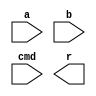
module alu (
  input [15:0] a,
  input [15:0] b,
  input [2:0] cmd,
  output reg  [15:0] r) ; 
  always @(*)
       begin 
         case (cmd)
          3 'bxxx:
             r =16'bx;
          3 'b000:
             r =a+b;
          3 'b001:
             r =a-b;
          3 'b010:
             r =a&b;
          3 'b011:
             r =a|b;
          3 'b100:
             r =a^b;
          3 'b101:
             r =a<<b;
          3 'b110:
             r ={{16{a[15]}},a}>>b;
          3 'b111:
             r ={16'b0,a}>>b;
          default :
             begin 
               r =0;$display("ERROR: Unknown alu cmd: %b \n",cmd);
             end 
         endcase 
       end
  
endmodule
 
module EX_stage (
  input clk,
  input rst,
  input [56:0] pipeline_reg_in,
  output reg  [37:0] pipeline_reg_out,
  output [2:0] ex_op_dest) ; 
   wire [2:0] alu_cmd=pipeline_reg_in[56:54] ;  
   wire [15:0] alu_src1=pipeline_reg_in[53:38] ;  
   wire [15:0] alu_src2=pipeline_reg_in[37:22] ;  
   wire [15:0] ex_alu_result ;  
  alu alu_inst(.a(alu_src1),.b(alu_src2),.cmd(alu_cmd),.r(ex_alu_result)); 
  always @( posedge clk)
       begin 
         if (rst)
            begin 
              pipeline_reg_out [37:0]<=0;
            end 
          else 
            begin 
              pipeline_reg_out [37:22]<=ex_alu_result;
              pipeline_reg_out [21:0]<=pipeline_reg_in[21:0];
            end 
       end
  
  assign ex_op_dest=pipeline_reg_in[3:1]; 
endmodule
 
module instruction_mem (
  input clk,
  input [8-1:0] pc,
  output [15:0] instruction) ; 
   reg [15:0] rom[2**8-1:0] ;  
   wire [8-1:0] rom_addr=pc[8-1:0] ;  
  assign instruction=rom[rom_addr]; 
endmodule
 
module MEM_stage (
  input clk,
  input rst,
  input [37:0] pipeline_reg_in,
  output reg  [36:0] pipeline_reg_out,
  output [2:0] mem_op_dest) ; 
   wire [15:0] ex_alu_result=pipeline_reg_in[37:22] ;  
   wire mem_write_en=pipeline_reg_in[21] ;  
   wire [15:0] mem_write_data=pipeline_reg_in[20:5] ;  
   wire [15:0] mem_read_data ;  
  data_mem dmem(.clk(clk),.mem_access_addr(ex_alu_result),.mem_write_data(mem_write_data),.mem_write_en(mem_write_en),.mem_read_data(mem_read_data)); 
  always @( posedge clk)
       begin 
         if (rst)
            begin 
              pipeline_reg_out [36:0]<=0;
            end 
          else 
            begin 
              pipeline_reg_out [36:21]<=ex_alu_result;
              pipeline_reg_out [20:5]<=mem_read_data;
              pipeline_reg_out [4:0]<=pipeline_reg_in[4:0];
            end 
       end
  
  assign mem_op_dest=pipeline_reg_in[3:1]; 
endmodule
 
module ID_stage (
  input clk,
  input rst,
  input instruction_decode_en,
  output reg  [56:0] pipeline_reg_out,
  input [15:0] instruction,
  output [5:0] branch_offset_imm,
  output reg  branch_taken,
  output [2:0] reg_read_addr_1,
  output [2:0] reg_read_addr_2,
  input [15:0] reg_read_data_1,
  input [15:0] reg_read_data_2,
  output [2:0] decoding_op_src1,
  output [2:0] decoding_op_src2) ; 
   reg [15:0] instruction_reg ;  
   wire [3:0] ir_op_code ;  
   wire [2:0] ir_dest ;  
   wire [2:0] ir_src1 ;  
   wire [2:0] ir_src2 ;  
   wire [5:0] ir_imm ;  
   reg write_back_en ;  
   wire [2:0] write_back_dest ;  
   reg write_back_result_mux ;  
   wire mem_write_en ;  
   wire [15:0] mem_write_data ;  
   reg [2:0] ex_alu_cmd ;  
   wire [15:0] ex_alu_src1 ;  
   wire [15:0] ex_alu_src2 ;  
   reg alu_src2_mux ;  
   wire decoding_op_is_branch ;  
   wire decoding_op_is_store ;  
   wire [3:0] ir_op_code_with_bubble ;  
   wire [2:0] ir_dest_with_bubble ;  
  always @(  posedge clk or  posedge rst)
       begin 
         if (rst)
            begin 
              instruction_reg <=0;
            end 
          else 
            begin 
              if (instruction_decode_en)
                 begin 
                   instruction_reg <=instruction;
                 end 
            end 
       end
  
  assign ir_op_code=instruction_reg[15:12]; 
  assign ir_dest=instruction_reg[11:9]; 
  assign ir_src1=instruction_reg[8:6]; 
  assign ir_src2=(decoding_op_is_store)?instruction_reg[11:9]:instruction_reg[5:3]; 
  assign ir_imm=instruction_reg[5:0]; 
  assign ir_op_code_with_bubble=(instruction_decode_en)?ir_op_code:0; 
  assign ir_dest_with_bubble=(instruction_decode_en)?ir_dest:0; 
  always @(*)
       begin 
         if (rst)
            begin 
              write_back_en =0;
              write_back_result_mux =0;
              ex_alu_cmd =0;
              alu_src2_mux =0;
            end 
          else 
            begin 
              case (ir_op_code_with_bubble)
               4 'b0000:
                  begin 
                    write_back_en =0;
                    write_back_result_mux =1'bx;
                    ex_alu_cmd =3'bxxx;
                    alu_src2_mux =1'bx;
                  end 
               4 'b0001:
                  begin 
                    write_back_en =1;
                    write_back_result_mux =0;
                    ex_alu_cmd =3'b000;
                    alu_src2_mux =0;
                  end 
               4 'b0010:
                  begin 
                    write_back_en =1;
                    write_back_result_mux =0;
                    ex_alu_cmd =3'b001;
                    alu_src2_mux =0;
                  end 
               4 'b0011:
                  begin 
                    write_back_en =1;
                    write_back_result_mux =0;
                    ex_alu_cmd =3'b010;
                    alu_src2_mux =0;
                  end 
               4 'b0100:
                  begin 
                    write_back_en =1;
                    write_back_result_mux =0;
                    ex_alu_cmd =3'b011;
                    alu_src2_mux =0;
                  end 
               4 'b0101:
                  begin 
                    write_back_en =1;
                    write_back_result_mux =0;
                    ex_alu_cmd =3'b100;
                    alu_src2_mux =1'bx;
                  end 
               4 'b0110:
                  begin 
                    write_back_en =1;
                    write_back_result_mux =0;
                    ex_alu_cmd =3'b101;
                    alu_src2_mux =0;
                  end 
               4 'b0111:
                  begin 
                    write_back_en =1;
                    write_back_result_mux =0;
                    ex_alu_cmd =3'b110;
                    alu_src2_mux =0;
                  end 
               4 'b1000:
                  begin 
                    write_back_en =1;
                    write_back_result_mux =0;
                    ex_alu_cmd =3'b111;
                    alu_src2_mux =0;
                  end 
               4 'b1001:
                  begin 
                    write_back_en =1;
                    write_back_result_mux =0;
                    ex_alu_cmd =3'b000;
                    alu_src2_mux =1;
                  end 
               4 'b1010:
                  begin 
                    write_back_en =1;
                    write_back_result_mux =1;
                    ex_alu_cmd =3'b000;
                    alu_src2_mux =1;
                  end 
               4 'b1011:
                  begin 
                    write_back_en =0;
                    write_back_result_mux =1'bx;
                    ex_alu_cmd =3'b000;
                    alu_src2_mux =1;
                  end 
               4 'b1100:
                  begin 
                    write_back_en =0;
                    write_back_result_mux =1'bx;
                    ex_alu_cmd =3'bxxx;
                    alu_src2_mux =1;
                  end 
               default :
                  begin 
                    write_back_en =0;
                    write_back_result_mux =1'bx;
                    ex_alu_cmd =3'bxxx;
                    alu_src2_mux =1'bx;$display("ERROR: Unknown Instruction: %b",ir_op_code_with_bubble);
                  end 
              endcase 
            end 
       end
  
  assign decoding_op_is_branch=(ir_op_code==4'b1100)?1:0; 
  assign decoding_op_is_store=(ir_op_code==4'b1011)?1:0; 
  assign mem_write_data=reg_read_data_2; 
  assign mem_write_en=decoding_op_is_store; 
  assign write_back_dest=ir_dest_with_bubble; 
  assign ex_alu_src1=reg_read_data_1; 
  assign ex_alu_src2=(alu_src2_mux)?{{10{ir_imm[5]}},ir_imm}:reg_read_data_2; 
  always @(  posedge clk or  posedge rst)
       begin 
         if (rst)
            begin 
              pipeline_reg_out [56:0]<=0;
            end 
          else 
            begin 
              pipeline_reg_out [56:0]<={ex_alu_cmd[2:0],ex_alu_src1[15:0],ex_alu_src2[15:0],mem_write_en,mem_write_data[15:0],write_back_en,write_back_dest[2:0],write_back_result_mux};
            end 
       end
  
  assign reg_read_addr_1=ir_src1; 
  assign reg_read_addr_2=ir_src2; 
  always @(*)
       begin 
         if (decoding_op_is_branch)
            begin 
              case (ir_dest_with_bubble)
               3 'b000:
                  begin 
                    if (reg_read_data_1==0)
                       branch_taken =1;
                     else 
                       branch_taken =0;
                  end 
               default :
                  begin 
                    branch_taken =0;$display("ERROR: Unknown branch condition %b, in branch instruction %b \n",ir_dest_with_bubble,ir_op_code_with_bubble);
                  end 
              endcase 
            end 
          else 
            begin 
              branch_taken =0;
            end 
       end
  
  assign branch_offset_imm=ir_imm; 
  assign decoding_op_src1=ir_src1; 
  assign decoding_op_src2=(ir_op_code==4'b0000||ir_op_code==4'b1001||ir_op_code==4'b1010||ir_op_code==4'b1100)?3'b000:ir_src2; 
endmodule
 
module IF_stage (
  input clk,
  input rst,
  input instruction_fetch_en,
  input [5:0] branch_offset_imm,
  input branch_taken,
  output reg  [8-1:0] pc,
  output [15:0] instruction) ; 
  always @(  posedge clk or  posedge rst)
       begin 
         if (rst)
            begin 
              pc <=8'b0;
            end 
          else 
            begin 
              if (instruction_fetch_en)
                 begin 
                   if (branch_taken)
                      pc <=pc+{{(8-6){branch_offset_imm[5]}},branch_offset_imm[5:0]};
                    else 
                      pc <=pc+8'd1;
                 end 
            end 
       end
  
  instruction_mem imem(.clk(clk),.pc(pc),.instruction(instruction)); 
endmodule
 
module WB_stage (
  input [36:0] pipeline_reg_in,
  output reg_write_en,
  output [2:0] reg_write_dest,
  output [15:0] reg_write_data,
  output [2:0] wb_op_dest) ; 
   wire [15:0] ex_alu_result=pipeline_reg_in[36:21] ;  
   wire [15:0] mem_read_data=pipeline_reg_in[20:5] ;  
   wire write_back_en=pipeline_reg_in[4] ;  
   wire [2:0] write_back_dest=pipeline_reg_in[3:1] ;  
   wire write_back_result_mux=pipeline_reg_in[0] ;  
  assign reg_write_en=write_back_en; 
  assign reg_write_dest=write_back_dest; 
  assign reg_write_data=(write_back_result_mux)?mem_read_data:ex_alu_result; 
  assign wb_op_dest=pipeline_reg_in[3:1]; 
endmodule
 
module hazard_detection_unit (
  input [2:0] decoding_op_src1,
  input [2:0] decoding_op_src2,
  input [2:0] ex_op_dest,
  input [2:0] mem_op_dest,
  input [2:0] wb_op_dest,
  output reg  pipeline_stall_n) ; 
  always @(*)
       begin 
         pipeline_stall_n =1;
         if (decoding_op_src1!=0&&(decoding_op_src1==ex_op_dest||decoding_op_src1==mem_op_dest||decoding_op_src1==wb_op_dest))
            pipeline_stall_n =0;
         if (decoding_op_src2!=0&&(decoding_op_src2==ex_op_dest||decoding_op_src2==mem_op_dest||decoding_op_src2==wb_op_dest))
            pipeline_stall_n =0;
       end
  
endmodule
 
module mips_16_core_top (
  input clk,
  input rst,
  output [8-1:0] pc) ; 
   wire pipeline_stall_n ;  
   wire [5:0] branch_offset_imm ;  
   wire branch_taken ;  
   wire [15:0] instruction ;  
   wire [56:0] ID_pipeline_reg_out ;  
   wire [37:0] EX_pipeline_reg_out ;  
   wire [36:0] MEM_pipeline_reg_out ;  
   wire [2:0] reg_read_addr_1 ;  
   wire [2:0] reg_read_addr_2 ;  
   wire [15:0] reg_read_data_1 ;  
   wire [15:0] reg_read_data_2 ;  
   wire [2:0] decoding_op_src1 ;  
   wire [2:0] decoding_op_src2 ;  
   wire [2:0] ex_op_dest ;  
   wire [2:0] mem_op_dest ;  
   wire [2:0] wb_op_dest ;  
   wire reg_write_en ;  
   wire [2:0] reg_write_dest ;  
   wire [15:0] reg_write_data ;  
  IF_stage IF_stage_inst(.clk(clk),.rst(rst),.instruction_fetch_en(pipeline_stall_n),.branch_offset_imm(branch_offset_imm),.branch_taken(branch_taken),.pc(pc),.instruction(instruction)); 
  ID_stage ID_stage_inst(.clk(clk),.rst(rst),.instruction_decode_en(pipeline_stall_n),.pipeline_reg_out(ID_pipeline_reg_out),.instruction(instruction),.branch_offset_imm(branch_offset_imm),.branch_taken(branch_taken),.reg_read_addr_1(reg_read_addr_1),.reg_read_addr_2(reg_read_addr_2),.reg_read_data_1(reg_read_data_1),.reg_read_data_2(reg_read_data_2),.decoding_op_src1(decoding_op_src1),.decoding_op_src2(decoding_op_src2)); 
  EX_stage EX_stage_inst(.clk(clk),.rst(rst),.pipeline_reg_in(ID_pipeline_reg_out),.pipeline_reg_out(EX_pipeline_reg_out),.ex_op_dest(ex_op_dest)); 
  MEM_stage MEM_stage_inst(.clk(clk),.rst(rst),.pipeline_reg_in(EX_pipeline_reg_out),.pipeline_reg_out(MEM_pipeline_reg_out),.mem_op_dest(mem_op_dest)); 
  WB_stage WB_stage_inst(.pipeline_reg_in(MEM_pipeline_reg_out),.reg_write_en(reg_write_en),.reg_write_dest(reg_write_dest),.reg_write_data(reg_write_data),.wb_op_dest(wb_op_dest)); 
  register_file register_file_inst(.clk(clk),.rst(rst),.reg_write_en(reg_write_en),.reg_write_dest(reg_write_dest),.reg_write_data(reg_write_data),.reg_read_addr_1(reg_read_addr_1),.reg_read_data_1(reg_read_data_1),.reg_read_addr_2(reg_read_addr_2),.reg_read_data_2(reg_read_data_2)); 
  hazard_detection_unit hazard_detection_unit_inst(.decoding_op_src1(decoding_op_src1),.decoding_op_src2(decoding_op_src2),.ex_op_dest(ex_op_dest),.mem_op_dest(mem_op_dest),.wb_op_dest(wb_op_dest),.pipeline_stall_n(pipeline_stall_n)); 
endmodule
 
module data_mem (
  input clk,
  input [15:0] mem_access_addr,
  input [15:0] mem_write_data,
  input mem_write_en,
  output [15:0] mem_read_data) ; 
   reg [15:0] ram[(2**8)-1:0] ;  
   wire [8-1:0] ram_addr=mem_access_addr[8-1:0] ;  
  always @( posedge clk)
       if (mem_write_en)
          ram [ram_addr]<=mem_write_data;
 
  assign mem_read_data=ram[ram_addr]; 
endmodule
 
module register_file (
  input clk,
  input rst,
  input reg_write_en,
  input [2:0] reg_write_dest,
  input [15:0] reg_write_data,
  input [2:0] reg_read_addr_1,
  output [15:0] reg_read_data_1,
  input [2:0] reg_read_addr_2,
  output [15:0] reg_read_data_2) ; 
   reg [15:0] reg_array[7:0] ;  
  always @(  posedge clk or  posedge rst)
       begin 
         if (rst)
            begin 
              reg_array [0]<=15'b0;
              reg_array [1]<=15'b0;
              reg_array [2]<=15'b0;
              reg_array [3]<=15'b0;
              reg_array [4]<=15'b0;
              reg_array [5]<=15'b0;
              reg_array [6]<=15'b0;
              reg_array [7]<=15'b0;
            end 
          else 
            begin 
              if (reg_write_en)
                 begin 
                   reg_array [reg_write_dest]<=reg_write_data;
                 end 
            end 
       end
  
  assign reg_read_data_1=(reg_read_addr_1==0)?15'b0:reg_array[reg_read_addr_1]; 
  assign reg_read_data_2=(reg_read_addr_2==0)?15'b0:reg_array[reg_read_addr_2]; 
endmodule